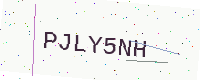
Text: PJLY5NH